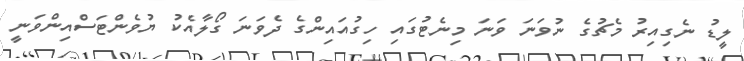
ލީޑު ނެގިއިރު މެޗުގެ ނުވަނަ ވަނަ މިނެޓުގައި ހިގުއައިންގެ ދެވަނަ ގޯލާއެކު ޔުވެންޓަސްއިންވަނީ